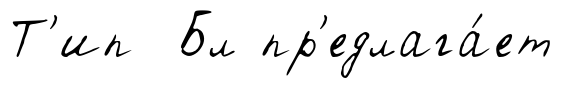
Т'ип Бл пр'едлага́ет